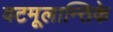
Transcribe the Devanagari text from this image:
वटमूलान्तिके